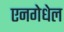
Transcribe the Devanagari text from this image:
एनगेधेल